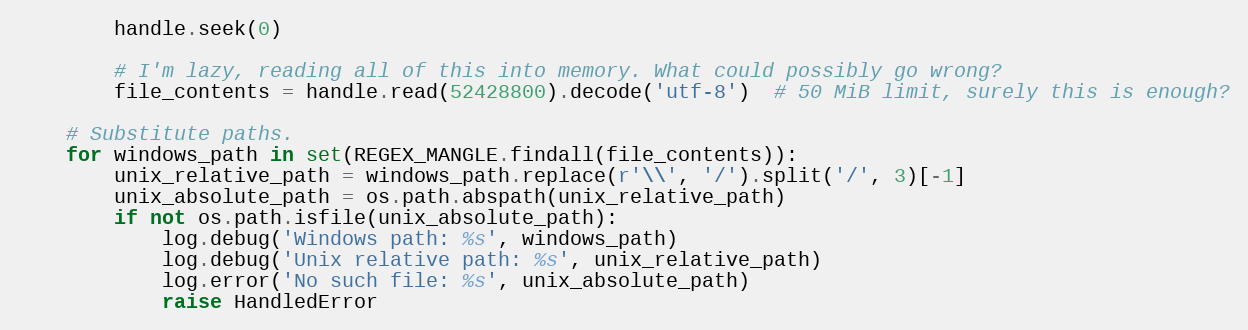
Language: Python
        handle.seek(0)

        # I'm lazy, reading all of this into memory. What could possibly go wrong?
        file_contents = handle.read(52428800).decode('utf-8')  # 50 MiB limit, surely this is enough?

    # Substitute paths.
    for windows_path in set(REGEX_MANGLE.findall(file_contents)):
        unix_relative_path = windows_path.replace(r'\\', '/').split('/', 3)[-1]
        unix_absolute_path = os.path.abspath(unix_relative_path)
        if not os.path.isfile(unix_absolute_path):
            log.debug('Windows path: %s', windows_path)
            log.debug('Unix relative path: %s', unix_relative_path)
            log.error('No such file: %s', unix_absolute_path)
            raise HandledError